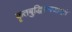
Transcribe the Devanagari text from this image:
कृतबुद्धिरुपजाएते